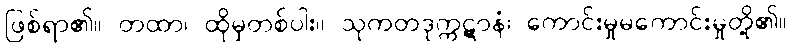
ဖြစ်ရာ၏။ တထာ၊ ထိုမှတစ်ပါး။ သုကတဒုက္ကဋာနံ၊ ကောင်းမှုမကောင်းမှုတို့၏။